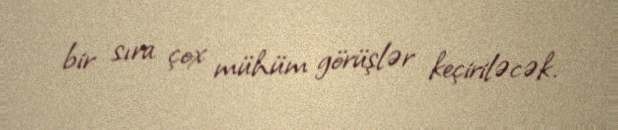
bir sıra çox mühüm görüşlər keçiriləcək.